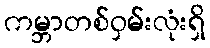
ကမ္ဘာတစ်ဝှမ်းလုံးရှိ